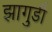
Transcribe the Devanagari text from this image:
झागुर्डी